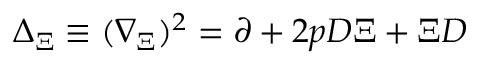
\Delta _ { \Xi } \equiv ( \nabla _ { \Xi } ) ^ { 2 } = \partial + 2 p D \Xi + \Xi D